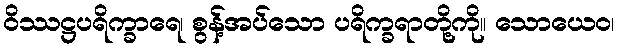
ဝိဿဋ္ဌပရိက္ခာရေ၊ စွန့်အပ်သော ပရိက္ခရာတို့ကို။ သောယေဝ၊